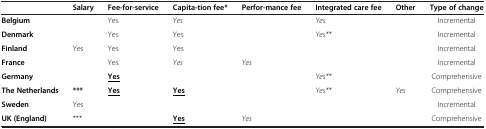
|  | Salary | Fee-for-service | Capita-tion fee* | Perfor-mance fee | Integrated care fee | Other | Type of change |
 | --- | --- | --- | --- | --- | --- | --- | --- |
 | Belgium |  | Yes | Yes |  | Yes |  | Incremental |
 | Denmark |  | Yes | Yes |  | Yes** |  | Incremental |
 | Finland | Yes | Yes | Yes |  |  |  | Incremental |
 | France |  | Yes | Yes | Yes |  |  | Incremental |
 | Germany |  | <underline>Yes</underline> |  |  | Yes** |  | Comprehensive |
 | The Netherlands | *** | <underline>Yes</underline> | <underline>Yes</underline> |  | Yes** | Yes | Comprehensive |
 | Sweden | Yes |  |  |  |  |  | Incremental |
 | UK (England) | *** |  | <underline>Yes</underline> | Yes |  |  | Comprehensive |